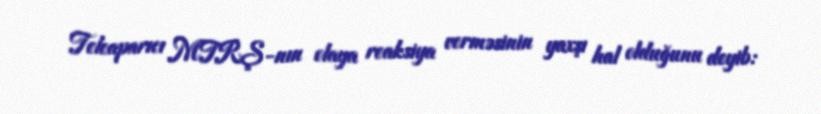
Teleaparıcı MTRŞ-nın olaya reaksiya verməsinin yaxşı hal olduğunu deyib: